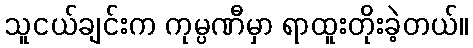
သူငယ်ချင်းက ကုမ္ပဏီမှာ ရာထူးတိုးခဲ့တယ်။